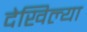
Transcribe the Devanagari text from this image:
देखिल्या